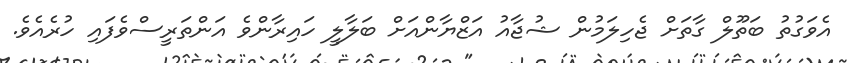
އެވަގުތު ބަތޫލް ގާތަށް ޖެހިލަމުން ޝުޖާއު އަޒްޔާންއަށް ބަލާލީ ހައިރާންވެ އަންތަރީސްވެފައި ހުރެއެވެ.